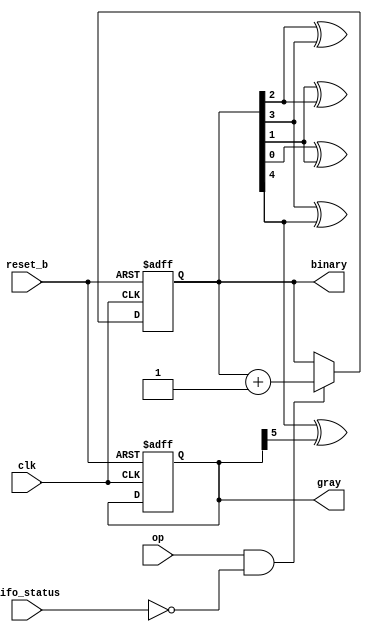
module pointer #(
	parameter ADDR = 5	// parameterized size of pointers
)(
	input wire clk,reset_b,op,fifo_status, // input-output declaration
	output reg [ADDR:0] gray,binary
); 
	integer i;
	
	always@(posedge clk, negedge reset_b)
		begin
		if(~reset_b)
			begin
			binary = 'd0;
			gray = 'd0;
			end	
		else if(op & ~fifo_status)
			binary <= binary + 1; 
		end
	
	always @(binary)
		begin
			gray[ADDR] = binary[ADDR];
			for (i=ADDR-1;i>=0;i=i-1)
				gray[i] = binary[i] ^ binary[i+1];
		end
		
endmodule